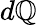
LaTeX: d\mathbb{Q}